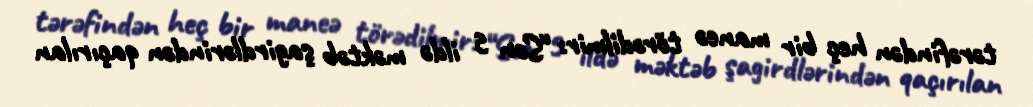
tərəfindən heç bir maneə törədilmir: “Son 5 ildə məktəb şagirdlərindən qaçırılan